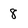
Character: 8